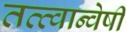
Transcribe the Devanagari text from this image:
तत्त्वान्वेषी